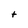
Character: t